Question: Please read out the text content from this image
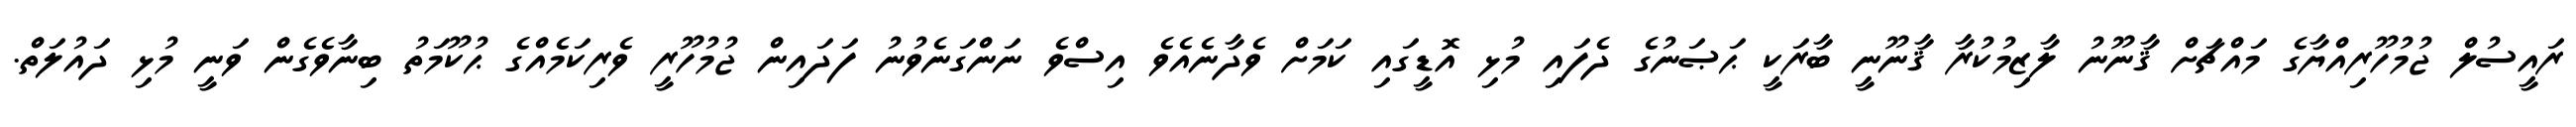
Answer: ރައީސުލް ޖުމުހޫރިއްޔާގެ މައްޗަށް ޤާނޫނު ލާޒިމުކުރާ ޤާނޫނީ ބާރަކީ ޙަޞަނުގެ ދެފައި މުޅި އޮޑީގައި ކަމަށް ވެދާނެއެވެ އިސްވެ ނަންގަނެވުނު ފަދައިން ޖުމުހޫރީ ވެރިކަމެއްގެ ޙުކޫމަތު ބިނާވެގެން ވަނީ މުޅި ދައުލަތް.